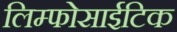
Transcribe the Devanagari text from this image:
लिम्फोसाईटिक